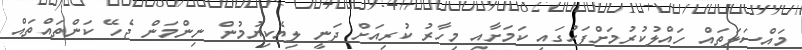
މައްސަލަތައް ހައްލުކުރުމަށްފަހުގައި ކަމަށާއި މިހާރު ކުރިއަށް ދަނީ ލިޔެކިޔުމުން ނިންމަން ޖެހޭ ކަންތައްތައް